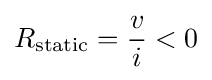
R_{\text{static}}={\frac {v}{i}}<0